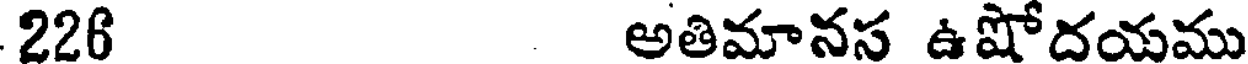
226 అతిమానస ఉషోదయము